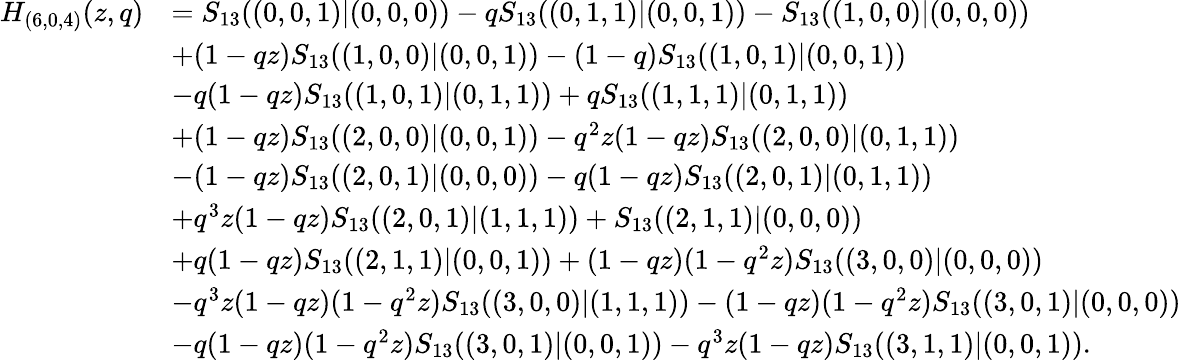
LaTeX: \begin{array}{rl}{H_{(6,0,4)}(z,q)}&{=S_{13}((0,0,1)|(0,0,0))-qS_{13}((0,1,1)|(0,0,1))-S_{13}((1,0,0)|(0,0,0))}\\ &{+(1-qz)S_{13}((1,0,0)|(0,0,1))-(1-q)S_{13}((1,0,1)|(0,0,1))}\\ &{-q(1-qz)S_{13}((1,0,1)|(0,1,1))+qS_{13}((1,1,1)|(0,1,1))}\\ &{+(1-qz)S_{13}((2,0,0)|(0,0,1))-q^{2}z(1-qz)S_{13}((2,0,0)|(0,1,1))}\\ &{-(1-qz)S_{13}((2,0,1)|(0,0,0))-q(1-qz)S_{13}((2,0,1)|(0,1,1))}\\ &{+q^{3}z(1-qz)S_{13}((2,0,1)|(1,1,1))+S_{13}((2,1,1)|(0,0,0))}\\ &{+q(1-qz)S_{13}((2,1,1)|(0,0,1))+(1-qz)(1-q^{2}z)S_{13}((3,0,0)|(0,0,0))}\\ &{-q^{3}z(1-qz)(1-q^{2}z)S_{13}((3,0,0)|(1,1,1))-(1-qz)(1-q^{2}z)S_{13}((3,0,1)|(0,0,0))}\\ &{-q(1-qz)(1-q^{2}z)S_{13}((3,0,1)|(0,0,1))-q^{3}z(1-qz)S_{13}((3,1,1)|(0,0,1)).}\end{array}